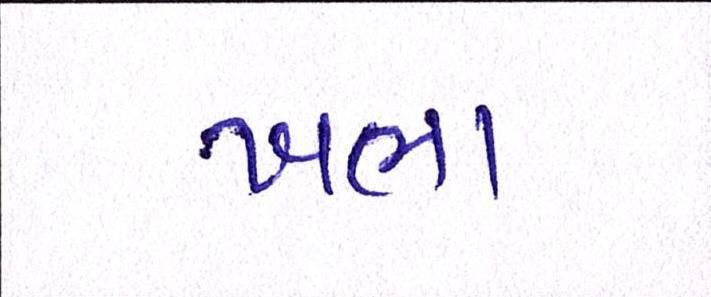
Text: ખભા